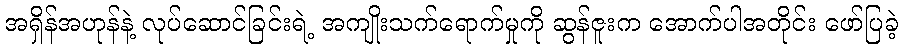
အရှိန်အဟုန်နဲ့ လုပ်ဆောင်ခြင်းရဲ့ အကျိုးသက်ရောက်မှုကို ဆွန်ဇူးက အောက်ပါအတိုင်း ဖော်ပြခဲ့